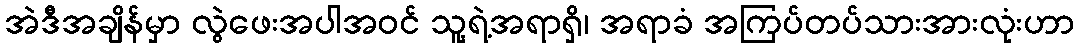
အဲဒီအချိန်မှာ လွဲဖေးအပါအဝင် သူ့ရဲ့အရာရှိ၊ အရာခံ အကြပ်တပ်သားအားလုံးဟာ